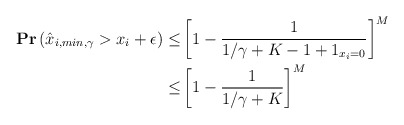
\begin{align*}\mathbf{Pr}\left(\hat{x}_{i,min,\gamma}> x_i + \epsilon\right) \leq& \left[1- \frac{1}{1/\gamma+K-1+1_{x_i=0}}\right]^M\\\leq&\left[1- \frac{1}{1/\gamma+K}\right]^M\end{align*}